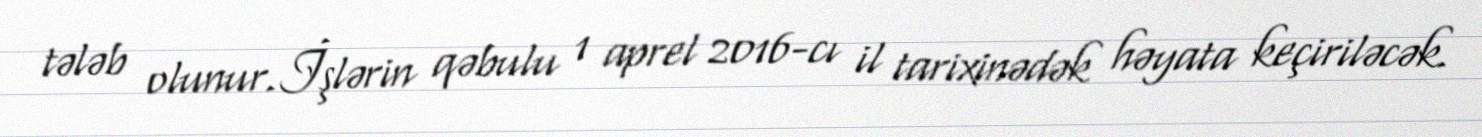
tələb olunur.İşlərin qəbulu 1 aprel 2016-cı il tarixinədək həyata keçiriləcək.